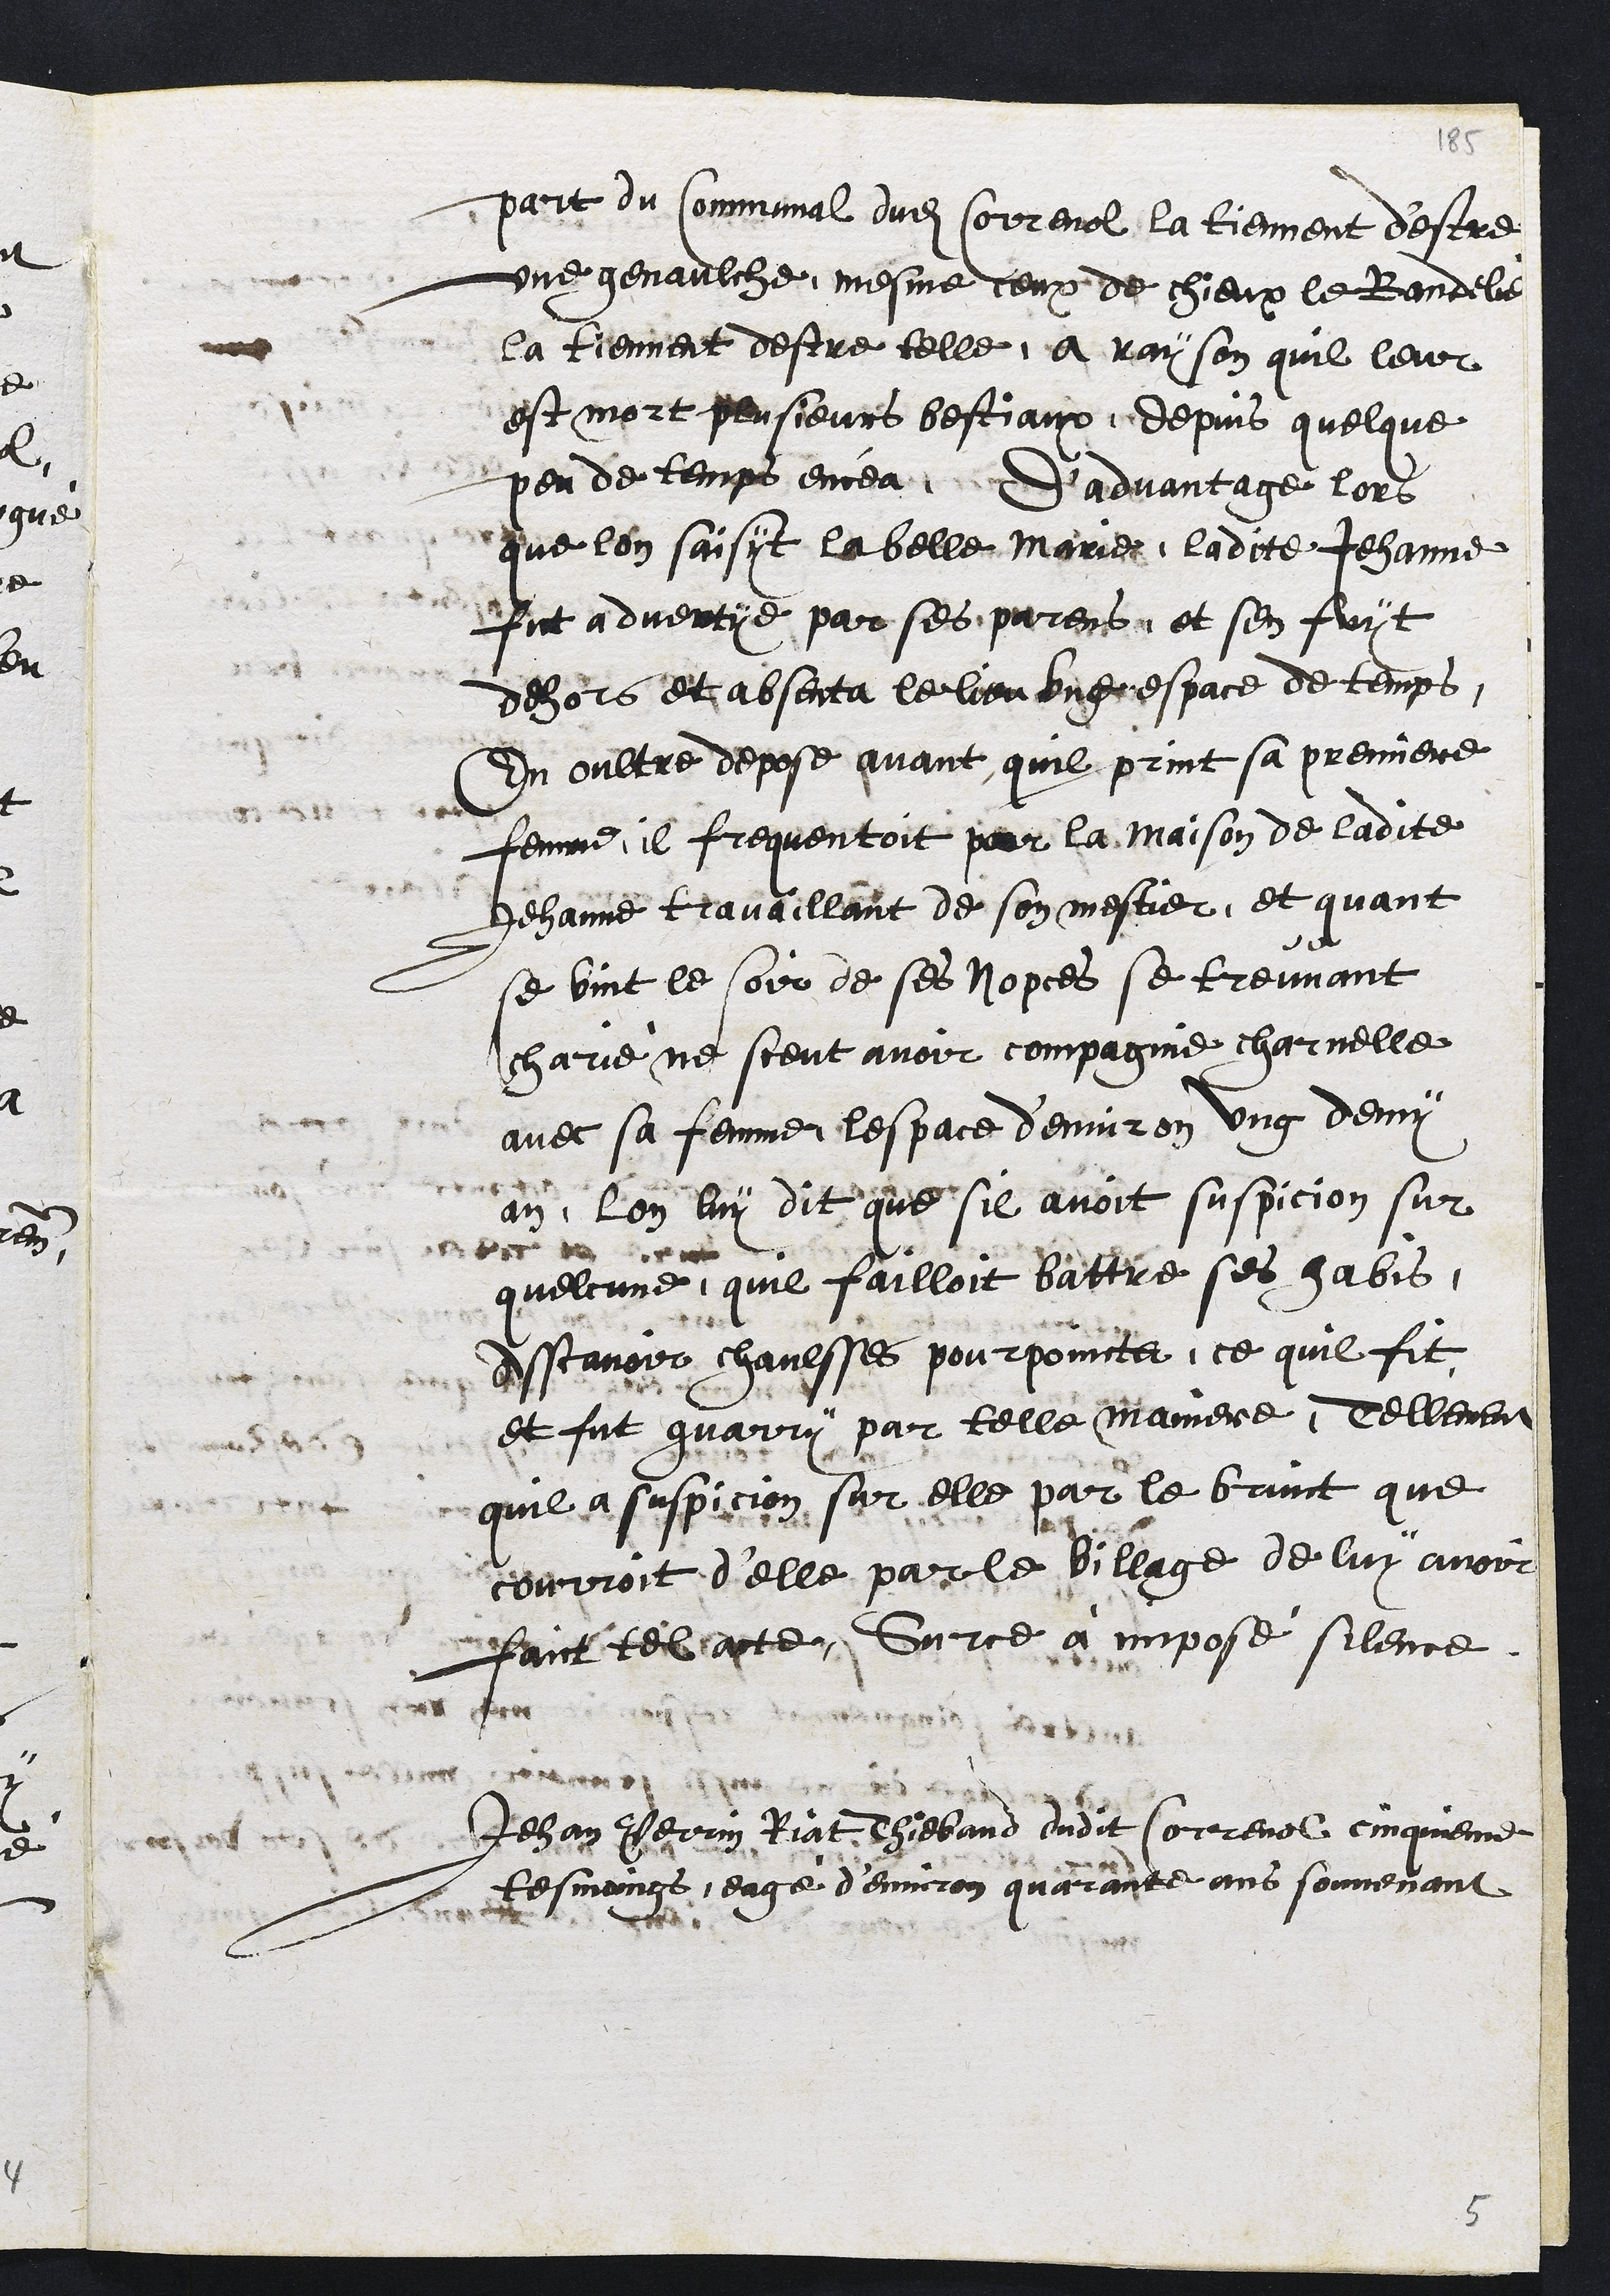
part du Communal dudit Correnol, la tiennent d'estre
une genaulche, mesme ceux de chieux le Bandeli
la tiennent destre telle a ray son quil leur
est mort pensieurs bestiaux, depuis quelque
peu de temps encea S'advantage lors
que lon saisst la belle Marier, ladite Jehanne
fut a dverrye par ses parent et sen fuit
dehors et absenta le liou bnerespace de temps
En oultre depose avant, quil print sa premiere
femme, il frequentoit pour la maison de ladite
Jehanne travaillant de son mestier, et quant
se vint le soir de ses Nopces se treuvant
Jcharie ne sceut avoir compagnie charnelle
avec sa femme lespace d'environ ung demy
an, lon luy dit que sil avoit suspicion sur
quelcune, quil failloit battre ses gabis,
Asscavoir chavesses pourpoincts, ce quil fit
et fut guarry par telle maniere, Tellement
quil a suspicion sur elle par le bruit que
courroit d'elle par le village de luy avoir
fant telapte. Sur ce à impose silence
Jehan Perrin Riat hiebaud dudit Correnol cinquieme
tesmoings, eagé d'environ quarante ans souvenant

5